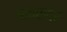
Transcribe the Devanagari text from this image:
आवरावर